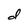
Character: d